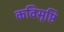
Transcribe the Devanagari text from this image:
कविसृष्टि